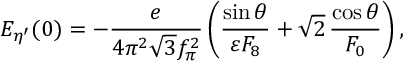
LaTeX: E _ { \eta ^ { \prime } } ( 0 ) = - \frac { e } { 4 \pi ^ { 2 } \sqrt { 3 } f _ { \pi } ^ { 2 } } \left( \frac { \sin \theta } { \varepsilon F _ { 8 } } + \sqrt { 2 } \, \frac { \cos \theta } { F _ { 0 } } \right) ,